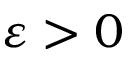
\varepsilon > 0